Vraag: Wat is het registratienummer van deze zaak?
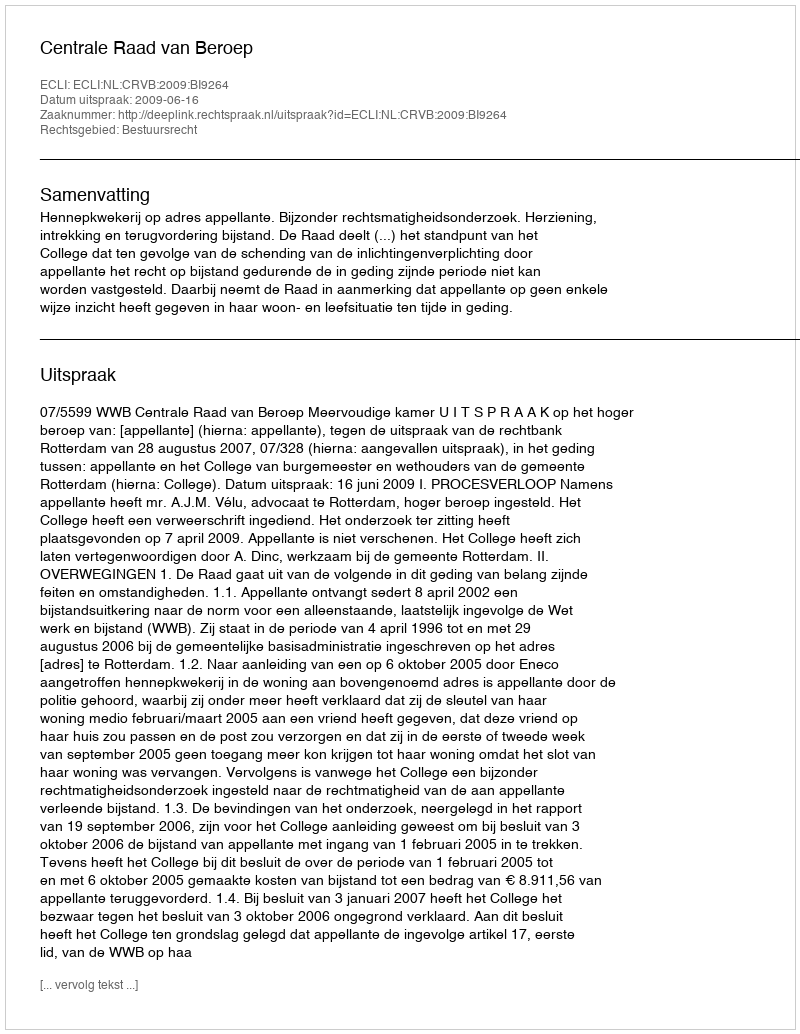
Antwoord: http://deeplink.rechtspraak.nl/uitspraak?id=ECLI:NL:CRVB:2009:BI9264